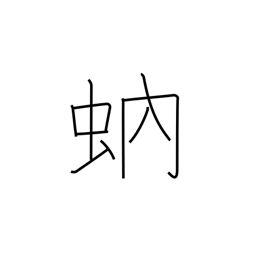
Meaning: gnat